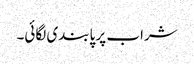
شراب پر پابندی لگائی۔